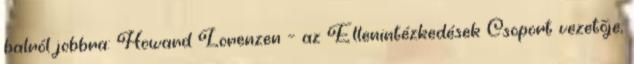
balról jobbra: Howard Lorenzen – az Ellenintézkedések Csoport vezetője;